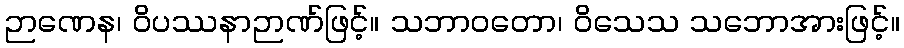
ဉာဏေန၊ ဝိပဿနာဉာဏ်ဖြင့်။ သဘာဝတော၊ ဝိသေသ သဘောအားဖြင့်။